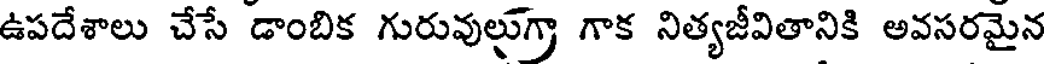
ఉపదేశాలు చేసే డాంబిక గురువులుగా గాక నిత్యజీవితానికి అవసరమైన